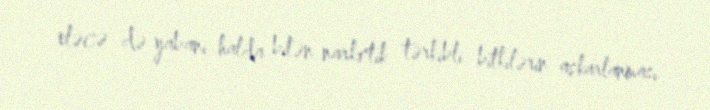
eləcə də yabanı halda bitən narkotik tərkibli bitkilərin aşkarlanması